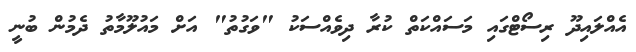
އެއްލައިދޫ ރިސޯޓްގައި މަސައްކަތް ކުރާ ދިވެއްސަކު "ވަގުތު" އަށް މައުލޫމާތު ދެމުން ބުނީ